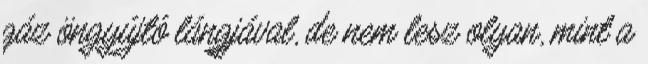
gáz öngyújtó lángjával, de nem lesz olyan, mint a